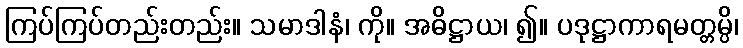
ကြပ်ကြပ်တည်းတည်း။ သမာဒါနံ၊ ကို။ အဓိဋ္ဌာယ၊ ၍။ ပဒုဋ္ဌာကာရမတ္တမ္ပိ၊